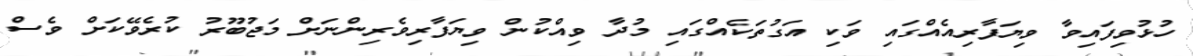
ހުޅުވިފައިވާ ވިޔަފާރިއެއްގައި ވަކި އަގުތަކެއްގައި މުދާ ވިއްކުން ވިޔަފާރިވެރިންނަށް މަޖުބޫރު ކުރެވޭކަށް ވެސް